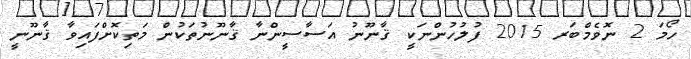
ހޯމަ 2 ނޮވެމްބަރ 2015 ފުލުހުންނަކީ ޤާނޫނު އަސާސީންނާ ޤާނޫނުތަކުން މަތިކޮށްފައިވާ ޤާނޫނީ